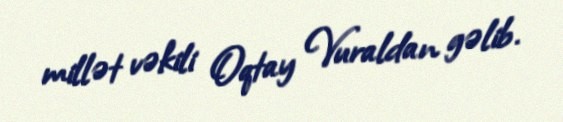
millət vəkili Oqtay Vuraldan gəlib.